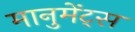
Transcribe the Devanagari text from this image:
मानुमेंट्स